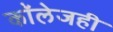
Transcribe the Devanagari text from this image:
काॅलेजही